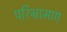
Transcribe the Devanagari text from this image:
परिभ्रामण